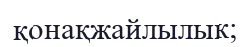
қонақжайлылык;